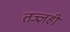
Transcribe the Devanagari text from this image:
तज्ज्ञही